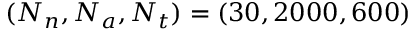
( N _ { n } , N _ { a } , N _ { t } ) = ( 3 0 , 2 0 0 0 , 6 0 0 )